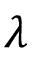
\lambda